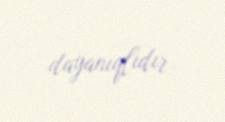
dayanıqlıdır.